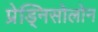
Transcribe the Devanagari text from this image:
प्रेड्निसोलोन